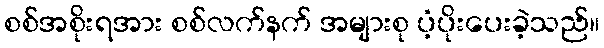
စစ်အစိုးရအား စစ်လက်နက် အများစု ပံ့ပိုးပေးခဲ့သည်။